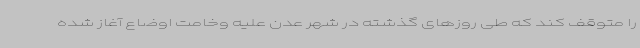
را متوقف کند که طی روزهای گذشته در شهر عدن علیه وخامت اوضاع آغاز شده